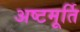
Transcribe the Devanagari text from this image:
अष्टमूर्ति